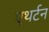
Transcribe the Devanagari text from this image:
एथर्टन